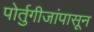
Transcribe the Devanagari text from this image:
पोर्तुगीजांपासून